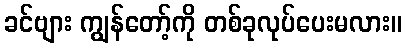
ခင်ဗျား ကျွန်တော့်ကို တစ်ခုလုပ်ပေးမလား။